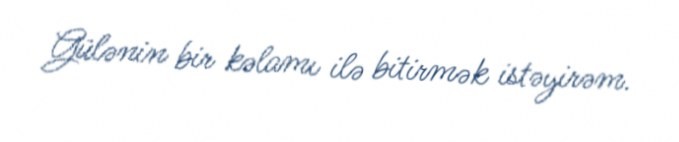
Gülənin bir kəlamı ilə bitirmək istəyirəm.